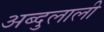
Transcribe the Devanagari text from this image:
अब्दुलाली